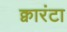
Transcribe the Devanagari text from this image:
क्वारंटा